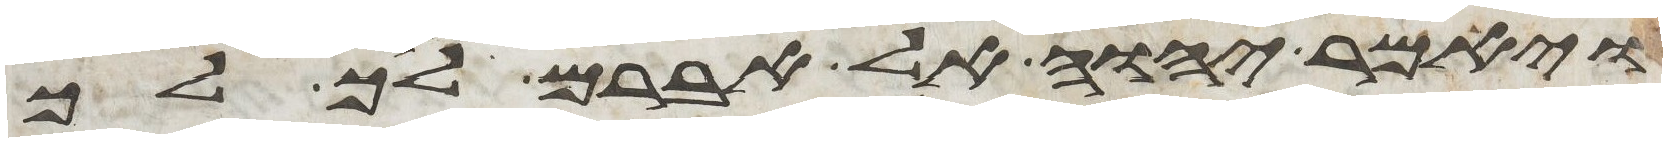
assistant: ויאמר יהוה אל אברם לך לך